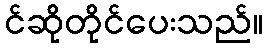
င်ဆိုတိုင်ပေးသည်။